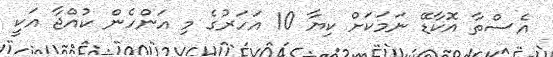
އެސްތާ އޮކާޑޭ ނަމަކަށް ކިޔާ 10 އަހަރުގެ މި އަންހެން ކުއްޖާ އަކީ